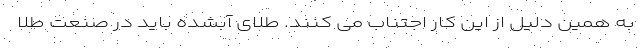
به همین دلیل از این کار اجتناب می کنند. طلای آبشده باید در صنعت طلا